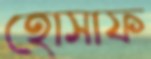
হোসাফ